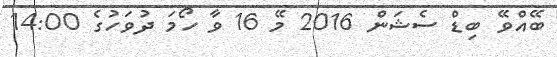
ބޭއްވޭ ބިޑް ސެޝަން 2016 މޭ 16 ވާ ހޯމަ ދުވަހުގެ 14:00